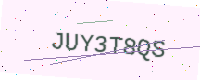
Text: JUY3T8QS